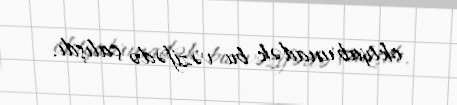
oktyabrınadək bu vəzifədə çalışdı.